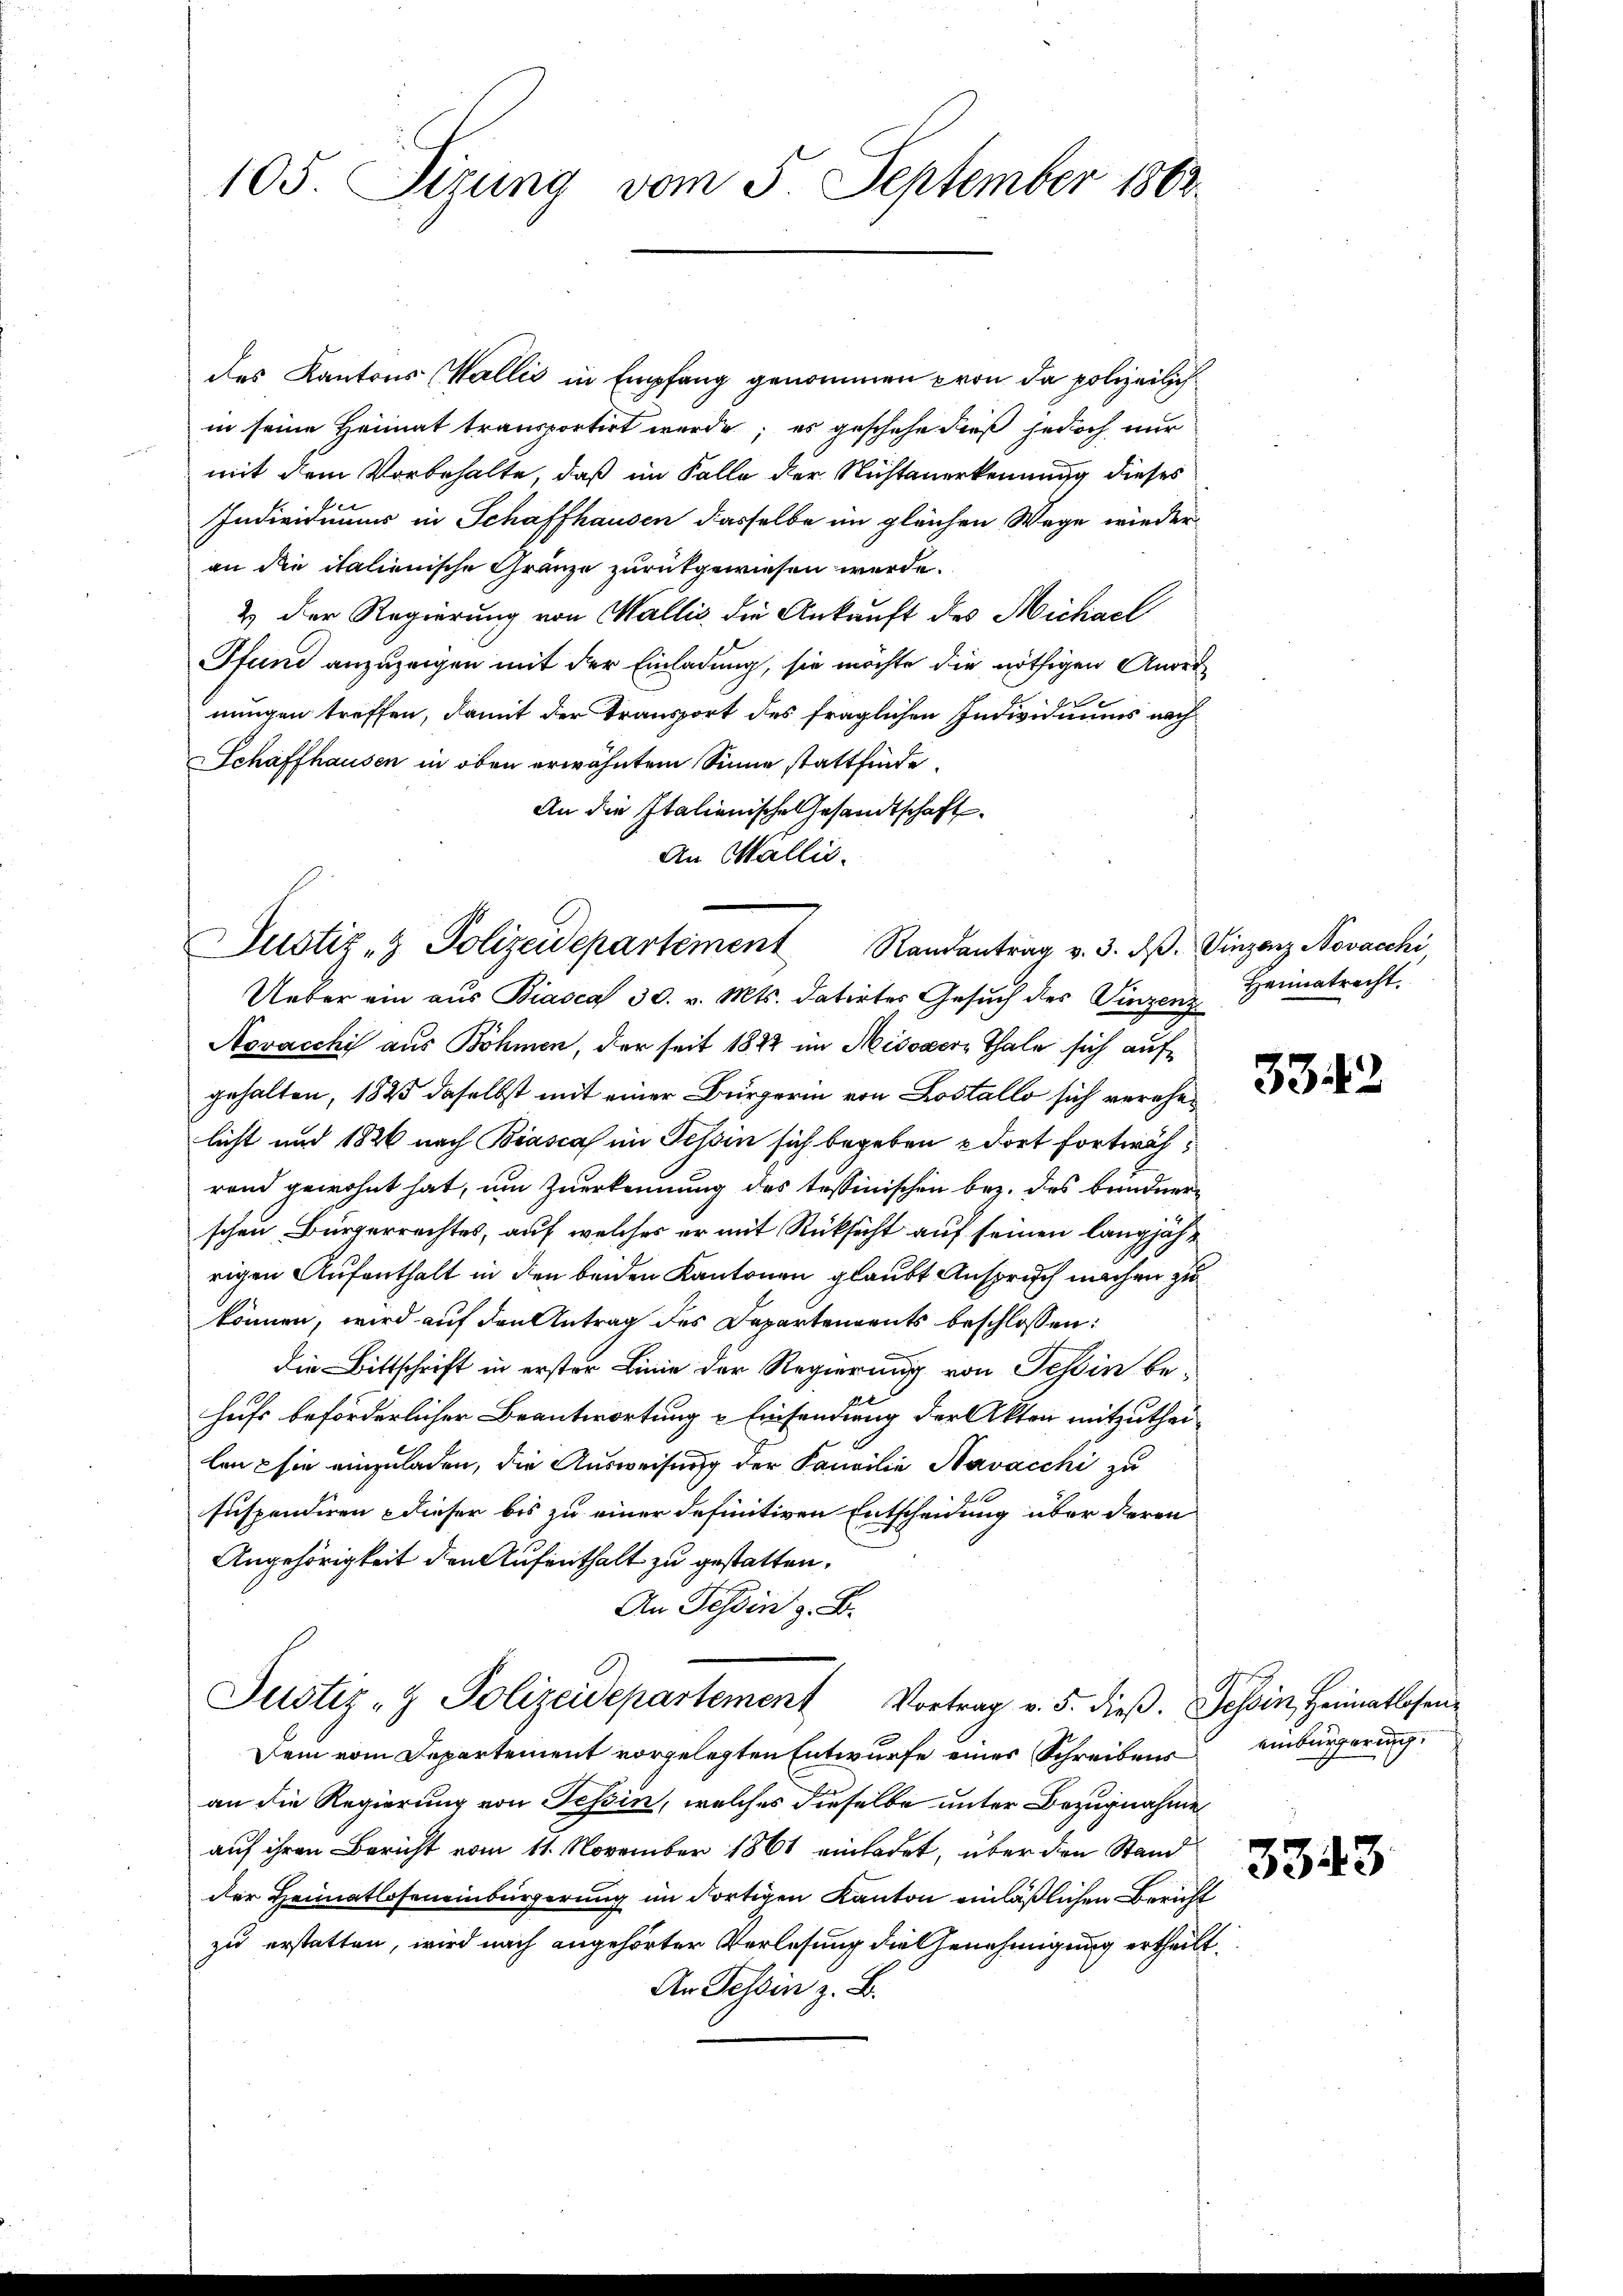
105. Sizung vom 5. September 1863.

des Kantons Wallis in Empfang genommen von da polizeilich
in seine Heimat transportirt werde; es geschehe dieß jedoch nur
mit dem Vorbehalte, daß im Falle der Nichtanerkennung dieses
Individiums in Schaffhausen dasselbe im gleichen Wege wieder
an die italienische Gränze zurückgewiesen werde.
& der Regierung von Wallis die Ankauft des Michael
Pfund anzuzeigen mit der Einladung, sie möchte die nöthigen Anordnungen treffen, damit der Transport des fraglichen Individuums nach
Schaffhausen in oben erwähntem Sinne stattfinde.
An die Italienische Gesandtschaft
An Wallis.
Ueber ein aus Biasca 30. v. Mts. datirtes Gesuch des Vinzenz¬
Novacchi aus Böhmen, der seit 1842 im Missvere Thale sich aufgehalten, 1825 daselbst mit einer Bürgerin von Lostallo sich verehelicht und 1826 nach Biasca im Tessin sich begeben dort fortwährand gewohnt hat, um Zuerkennung des tessinischen bez. des bundnerschen Bürgerrechtes, auf welches er mit Rücksicht auf seinen langjährigen Aufenthalt in den beiden Kantonen glaubt Anspruch machen zu
können, wird auf den Antrag des Departements beschlossen:
die Bittschrift in erster Linie der Regierung von Tessin behufs beförderlicher Beantwortung u Einsendung der Akten mitzutheilen sie einzuladen, die Ausweisung der Familie Navacchi zu
suspendiren dieser bis zu einer definitiven Entscheidung über deren
Angehörigkeit den Aufenthalt zu gestatten.
An Tessin z. B.
Justiz- & Polizeidepartement Vortrag v. 5. dieβ. Tessin, Heimatlosen-
Dem vom Departement vorgelegten Entwurfe eines Schreibens
an die Regierung von Tessin, welches dieselbe unter Bezugnahme
auf ihren Bericht vom 11. November 1861 einladet, über den Stand
der Heimatloseneinbürgerung im dortigen Kanton einläßlichen Bericht
zu erstatten, wird nach angehörter Verlesung die Genehmigung ertheilt
An Tessin z. B.

Justiz- & Polizeidepartement

Randantrag v. 3. d. Vinzenz Novacchi

Heimatrecht.

332

einbürgerung.

3343